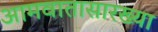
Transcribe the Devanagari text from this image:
आमवातासारख्या